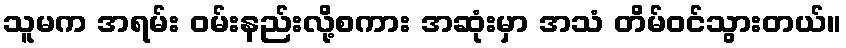
သူမက အရမ်း ဝမ်းနည်းလို့စကား အဆုံးမှာ အသံ တိမ်ဝင်သွားတယ်။